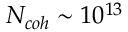
N _ { c o h } \sim 1 0 ^ { 1 3 }